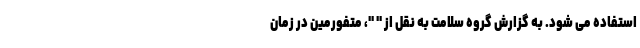
استفاده می شود. به گزارش گروه سلامت به نقل از " "، متفورمین در زمان